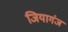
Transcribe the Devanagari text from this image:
जियागंज